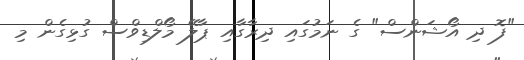
"ފޮ ދި އޯޝަންސް" ގެ ނަމުގައި ދިރާގާއި ޕާލޭ މޯލްޑިވްސް ގުޅިގެން މި